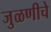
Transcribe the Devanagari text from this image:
जुळणीचे